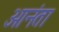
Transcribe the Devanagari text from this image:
आनंता